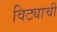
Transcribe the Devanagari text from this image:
विट्याची